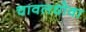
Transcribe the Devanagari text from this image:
चावलधोवा